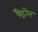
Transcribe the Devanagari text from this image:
पैट्रोन